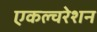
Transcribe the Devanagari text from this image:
एकल्चरेशन